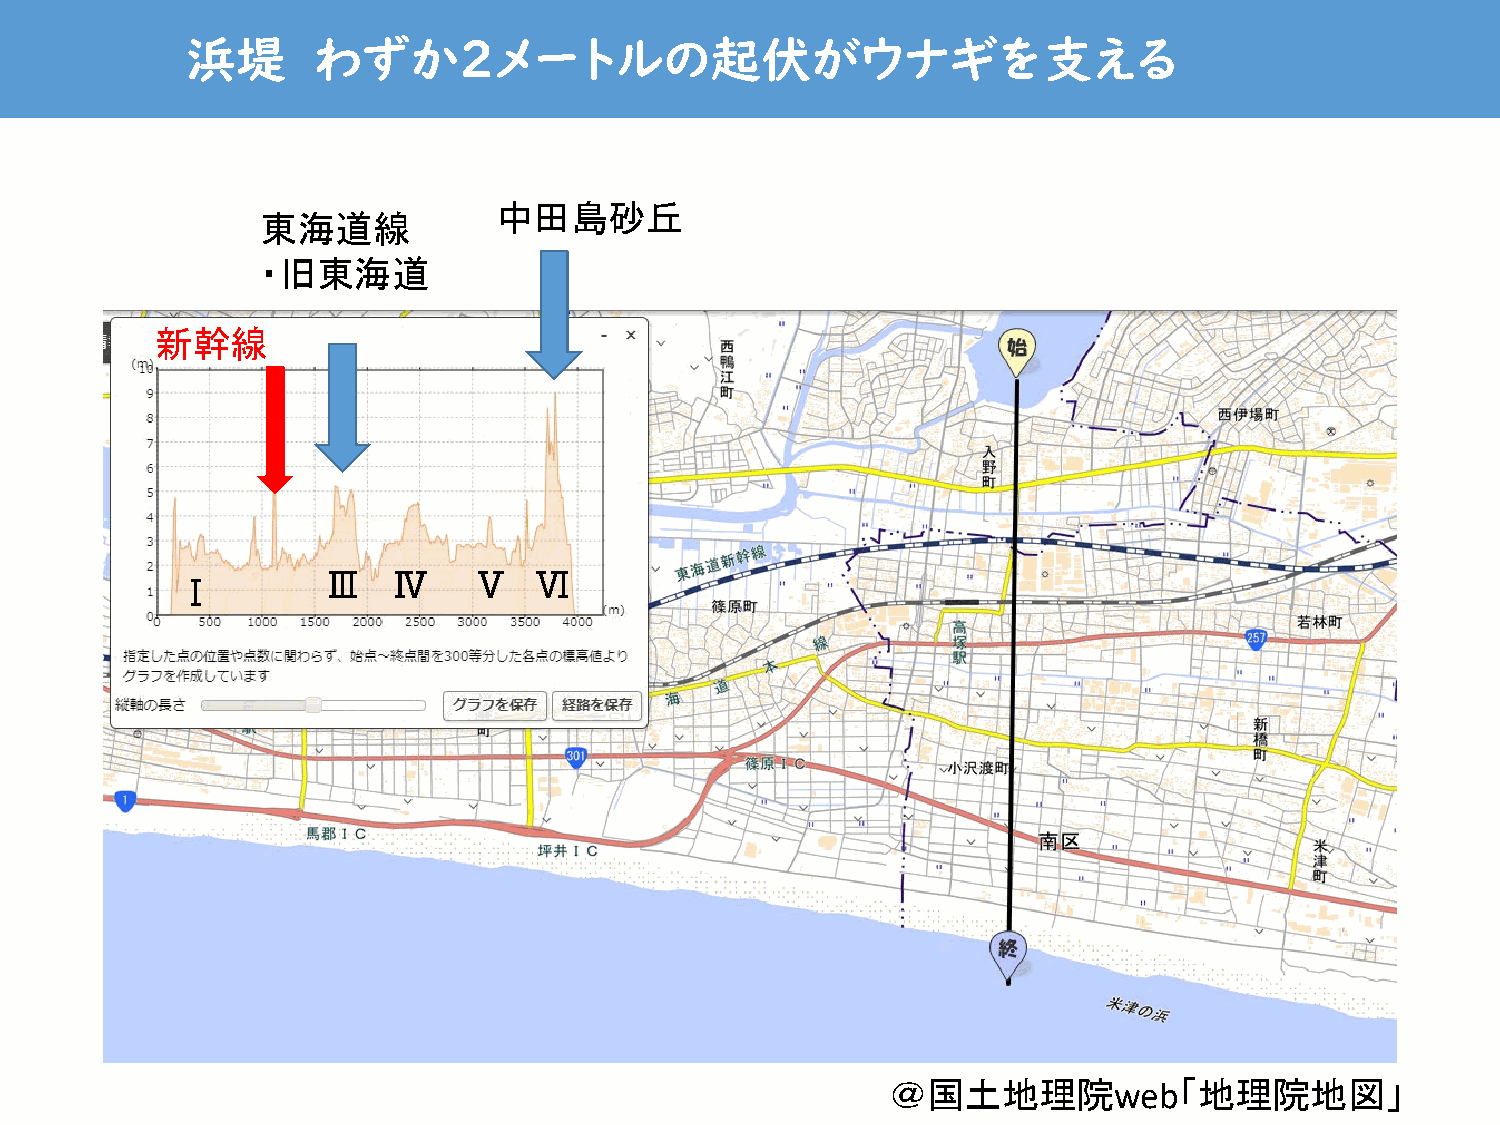
浜堤       わずか２メートルの起伏がウナギを支える
 中田島砂丘
 東海道線
 ・旧東海道
 新幹線
 Ⅲ    Ⅳ    Ⅴ   Ⅵ
 Ⅰ
 ＠国土地理院             「地理院地図」
 web